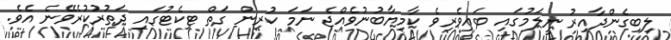
ލިބިގެންދާއިރު ނީލަމުގައި ބައިވެރިވެ ކާމިޔާބުނުވެއްޖެ ނަމަ ކުރިން ގަތް ޓިކެޓުގައި ދަތުރުކުރެވޭނެ އެވެ.